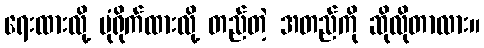
ရေးထားလို့ ပုံရိုက်ထားလို့ တည်တဲ့ အတည်ကို ဆိုလိုတာလား။